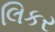
લિકર